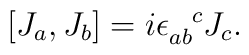
[J_a,J_b]=i\epsilon_{ab}^{\phantom{ab}c} J_c.